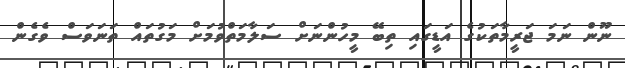
ނޫން ނަމަ ޖަރީމާތަކުގެ އަޑީގައި ތިބޭ މީހުންނަށް ސަލާމަތްވުމަށް މަގުތައް ތަނަވަސް ވެގެން